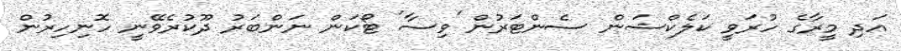
އަދި މީރާގެ ހުރަވީ ކަލެކްޝަން ސެންޓަރުން 'ވިސާ' ޓޯކަން ނަންބަރު ދޫކުރެވޭނީ ހޮނިހިރުން